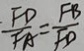
\frac { F D } { F A } = \frac { F B } { F D }